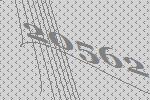
20562